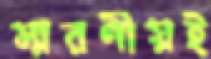
স্মরণীয়ই